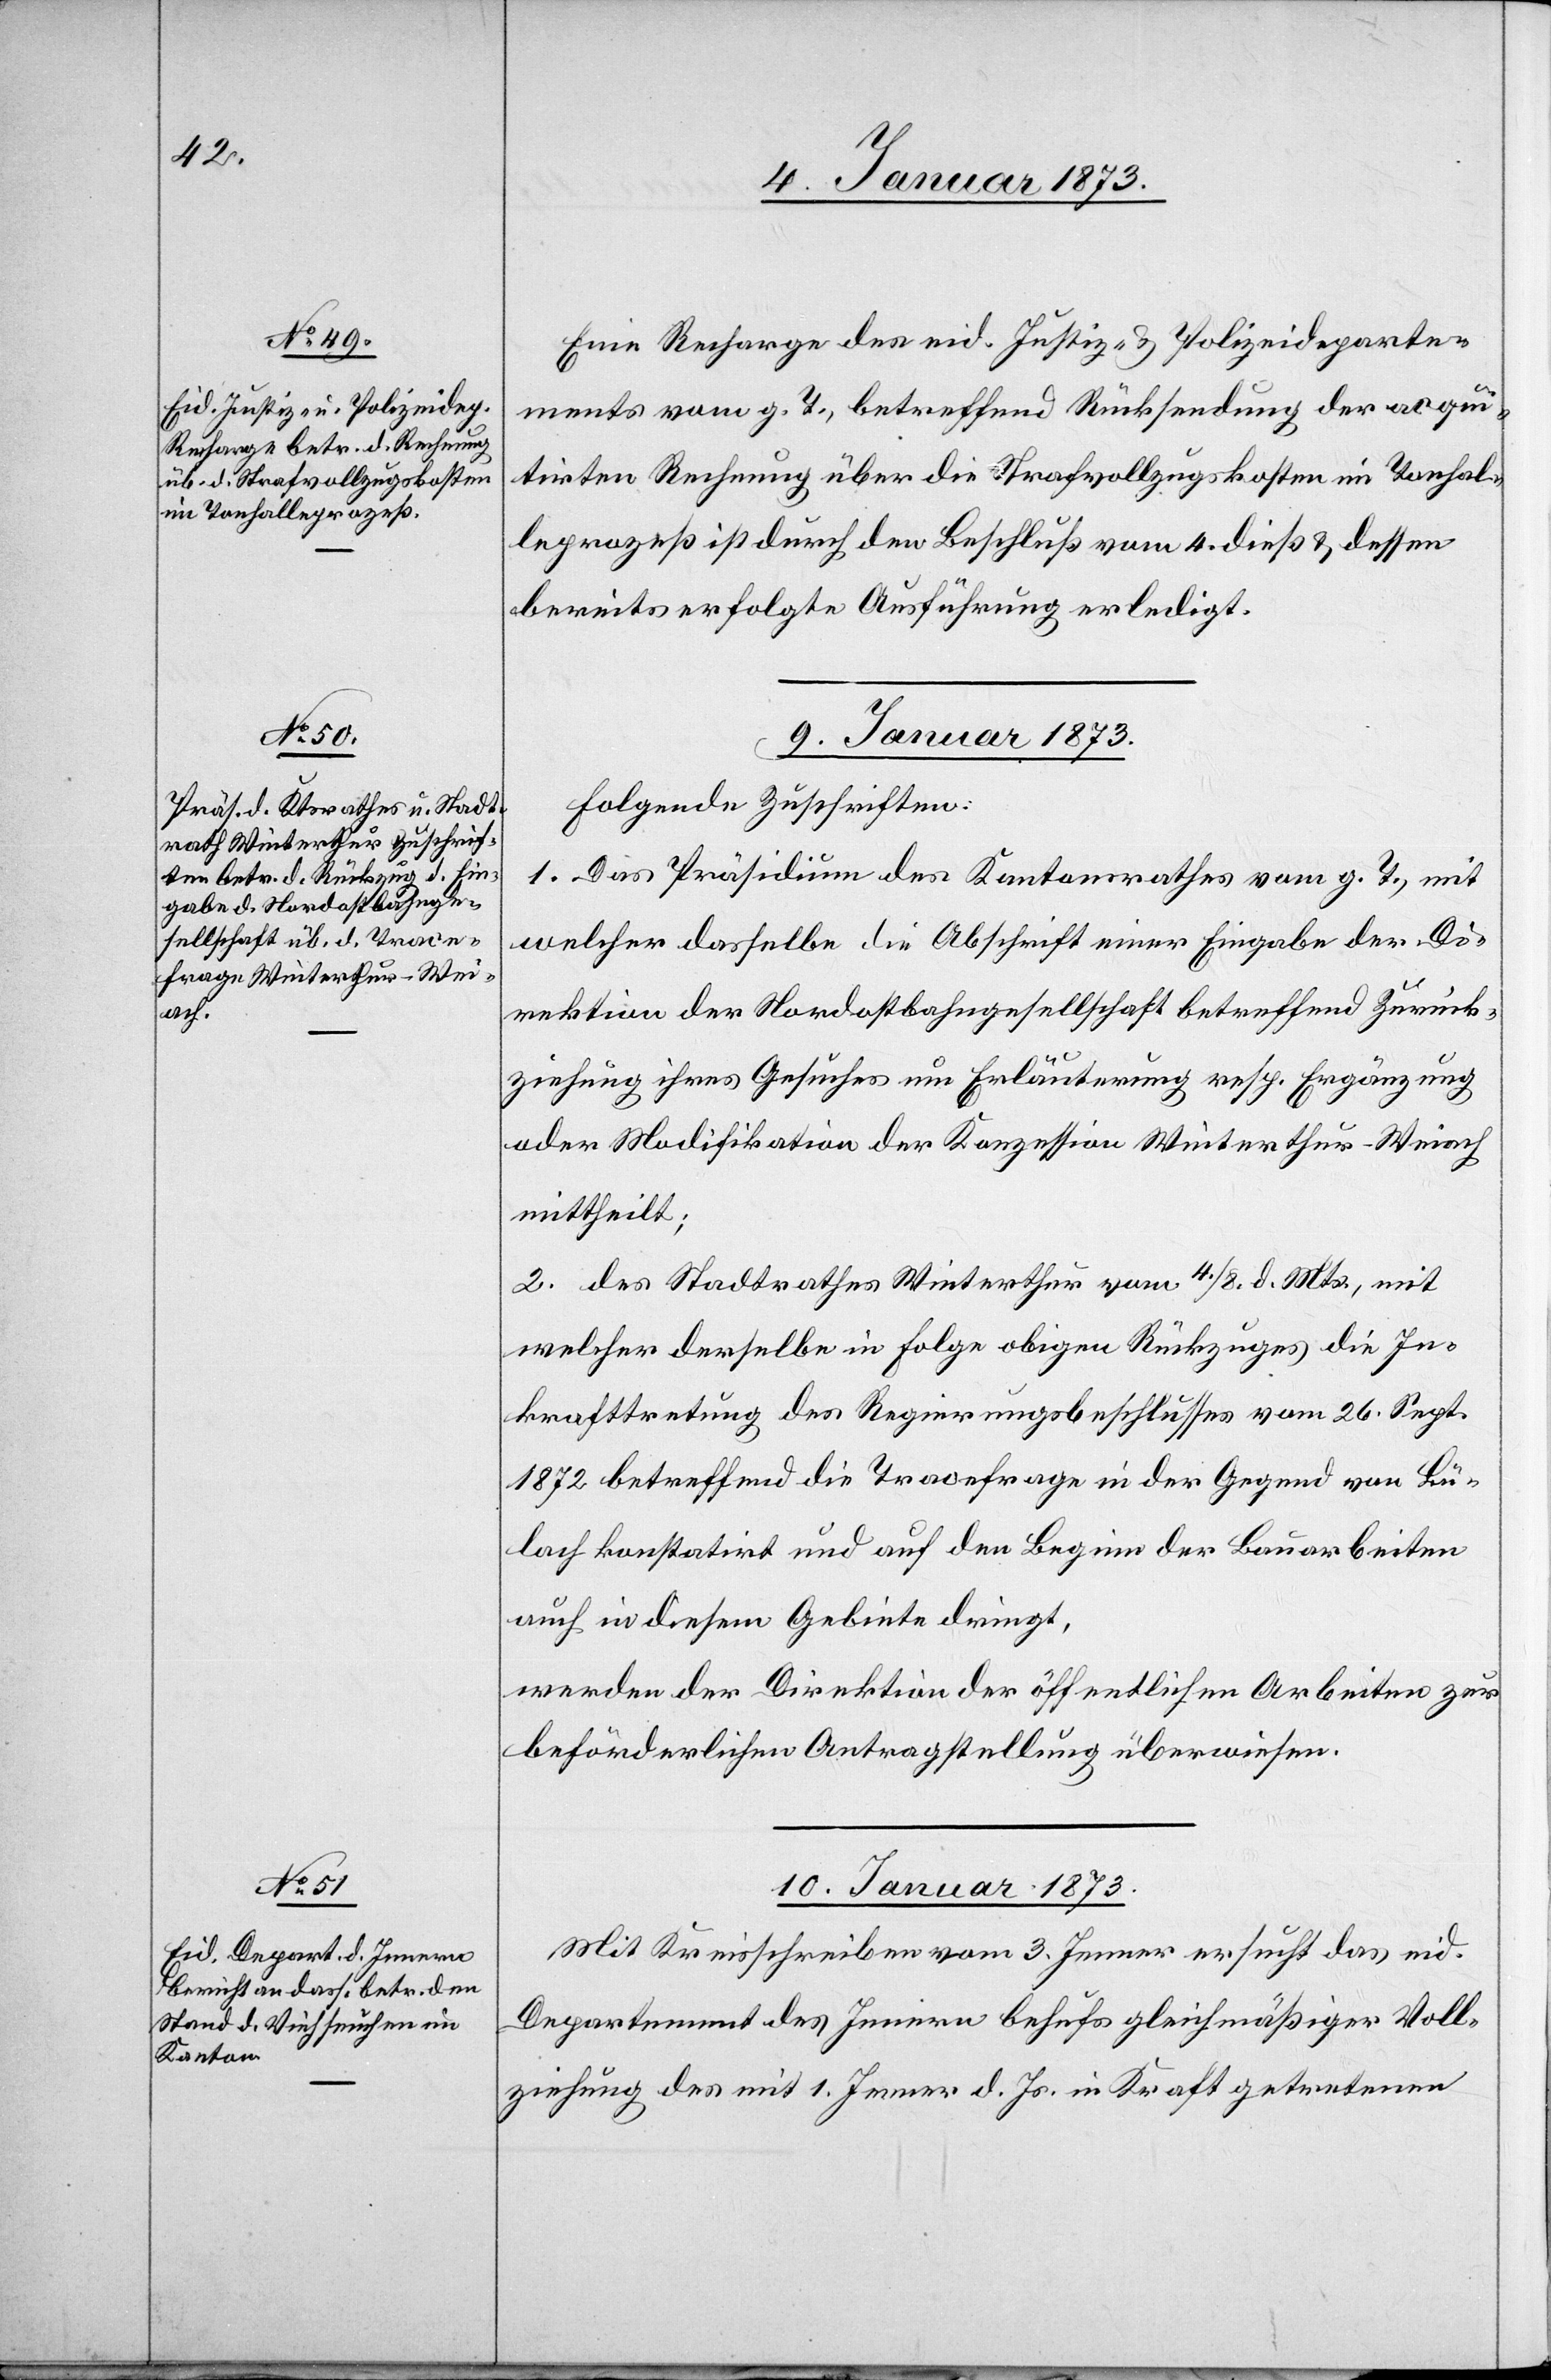
7. Januar 1873]
Eine Recharge des eid. Justiz- u. Polizeideparte¬
ments vom g. T., betreffend Rücksendung der acqui¬
tirten Rechnung über die Strafvollzugskosten im Tonhal¬
leprozeß ist durch den Beschluß vom 4. dieß u. dessen
bereits erfolgte Ausführung erledigt.
9. Januar 1873.
Folgende Zuschriften:
1. Das Präsidium des Kantonsrathes vom g. T., mit
welcher dasselbe die Abschrift einer Eingabe der Di¬
rektion der Nordostbahngesellschaft betreffend Zurück¬
ziehung ihres Gesuches um Erläuterung resp. Ergänzung
oder Modifikation der Konzession Winterthur–Weiach
mittheilt;
2. des Stadtrathes Winterthur vom 4./8. d. Mts., mit
welcher derselbe in Folge obigen Rückzuges die In¬
krafttretung des Regierungsbeschlusses vom 26. Sept.
1872 betreffend die Tracefrage in der Gegend von Bü¬
lach konstatirt und auf den Beginn der Bauarbeiten
auch in diesem Gebiete dringt,
werden der Direktion der öffentlichen Arbeiten zur
beförderlichen Antragstellung überwiesen.
10. Januar 1873.
Mit Kreisschreiben vom 3. Jenner ersucht das eid.
Departement des Innern behufs gleichmäßiger Voll¬
ziehung des mit 1. Jenner d. Js. in Kraft getretenen